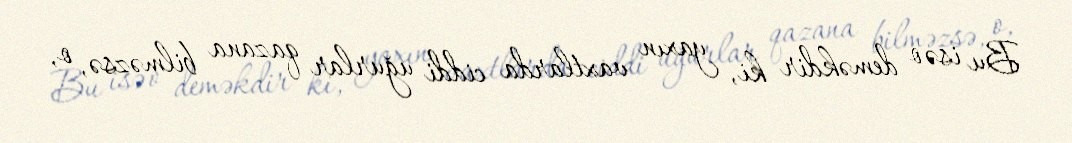
Bu isə o deməkdir ki, yaxın vaxtlarda ciddi uğurlar qazana bilməzsə, o,